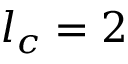
{ l } _ { c } = 2